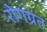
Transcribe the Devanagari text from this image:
रोगग्रत